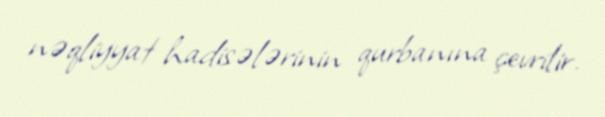
nəqliyyat hadisələrinin qurbanına çevrilir.